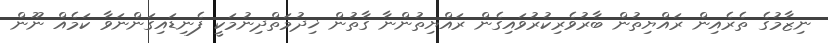
ނިޒާމުގެ ތެރެއިން ރައްޔިތުން ބާރުވެރިކުރުވައިގެން ރައްޔިތުންނާ ގާތުން ޚިދުމަތްދިނުމަކީ ފެނިޑައިގަންނަވާ ކަމެއް ނޫން